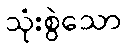
သုံးစွဲသော